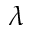
\lambda